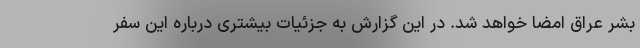
بشر عراق امضا خواهد شد. در این گزارش به جزئیات بیشتری درباره این سفر